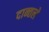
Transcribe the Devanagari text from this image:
दान्तले